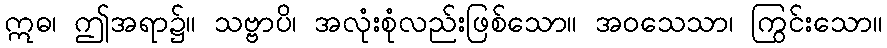
ဣဓ၊ ဤအရာ၌။ သဗ္ဗာပိ၊ အလုံးစုံလည်းဖြစ်သော။ အဝသေသာ၊ ကြွင်းသော။